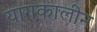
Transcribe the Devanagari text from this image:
यागकालीन